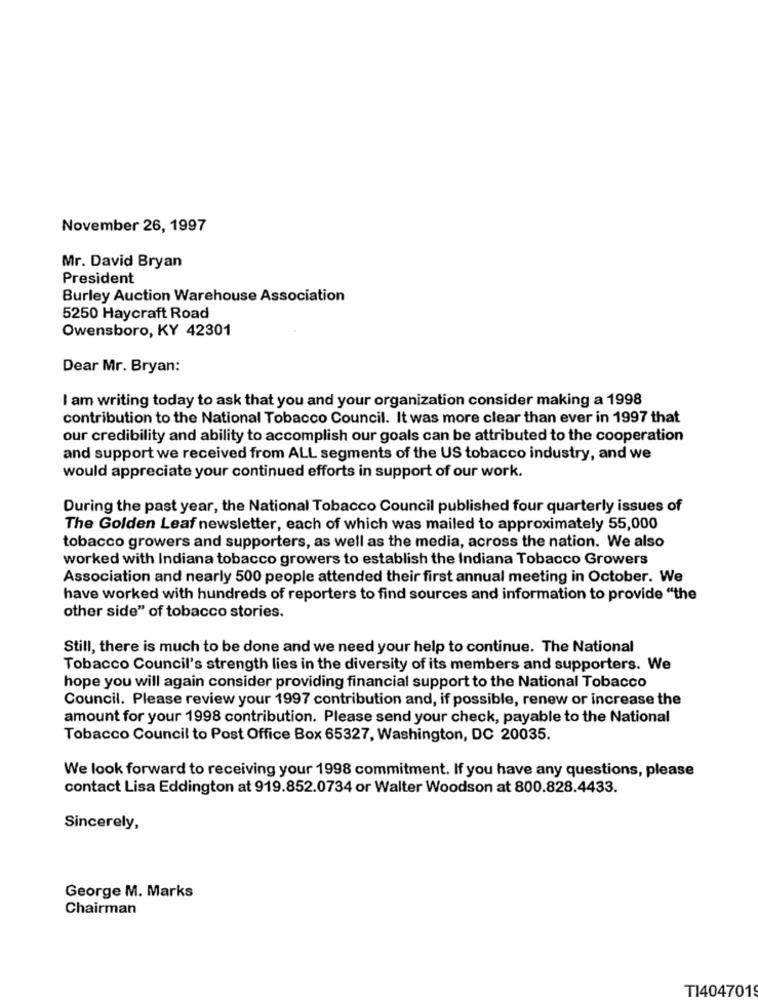
November 26, 1997
Mr. David Bryan
President
Burley Auction Warehouse Association
5250 Haycraft Road
Owensboro, KY 42301
Dear Mr. Bryan:
I am writing today to ask that you and your organization consider making a 1998
contribution to the National Tobacco Council. It was more clear than ever in 1997 that
our credibility and ability to accomplish our goals can be attributed to the cooperation
and support we received from ALL segments of the US tobacco industry, and we
would appreciate your continued efforts in support of our work.
During the past year, the National Tobacco Council published four quarterly issues of
The Golden Leaf newsletter, each of which was mailed to approximately 55,000
tobacco growers and supporters, as well as the media, across the nation. We also
worked with Indiana tobacco growers to establish the Indiana Tobacco Growers
Association and nearly 500 people attended their first annual meeting in October. We
have worked with hundreds of reporters to find sources and information to provide "the
other side" of tobacco stories.
Still, there is much to be done and we need your help to continue. The National
Tobacco Council's strength lies in the diversity of its members and supporters. We
hope you will again consider providing financial support to the National Tobacco
Council. Please review your 1997 contribution and, if possible, renew or increase the
amount for your 1998 contribution. Please send your check, payable to the National
Tobacco Council to Post Office Box 65327, Washington, DC 20035.
We look forward to receiving your 1998 commitment. If you have any questions, please
contact Lisa Eddington at 919.852.0734 or Walter Woodson at 800.828.4433.
Sincerely,
George M. Marks
Chairman
T14047019